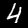
Label: 4